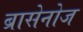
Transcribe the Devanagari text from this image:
ब्रासेनोज